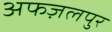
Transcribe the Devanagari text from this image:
अफज़लपुर